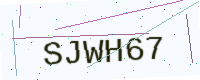
Text: SJWH67